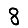
Digit: 8